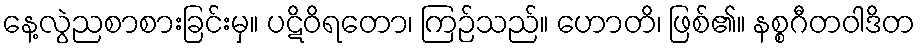
နေ့လွဲညစာစားခြင်းမှ။ ပဋိဝိရတော၊ ကြဉ်သည်။ ဟောတိ၊ ဖြစ်၏။ နစ္စဂီတဝါဒိတ